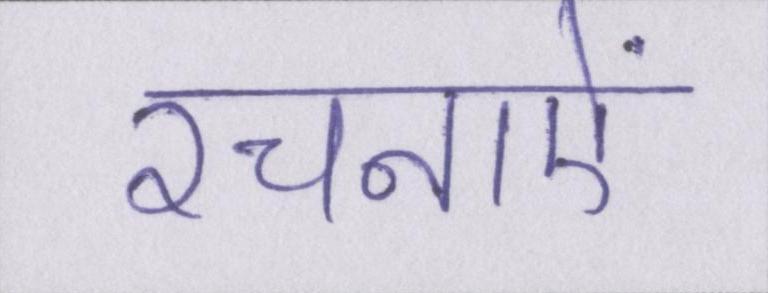
रचनाऐं